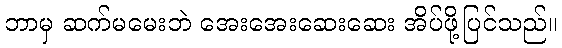
ဘာမှ ဆက်မမေးဘဲ အေးအေးဆေးဆေး အိပ်ဖို့ပြင်သည်။